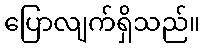
ပြောလျက်ရှိသည်။